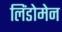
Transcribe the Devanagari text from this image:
लिंडोमेन